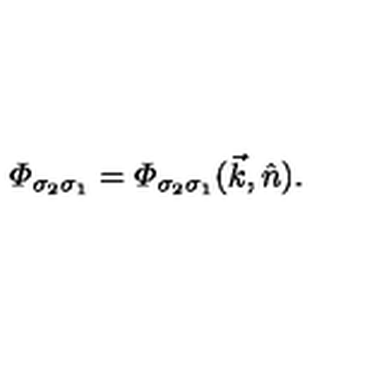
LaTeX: { \mit \Phi } _ { \sigma _ { 2 } \sigma _ { 1 } } = { \mit \Phi } _ { \sigma _ { 2 } \sigma _ { 1 } } ( \vec { k } , \hat { n } ) .